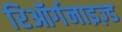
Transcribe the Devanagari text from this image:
रिऑर्गनाइज़्ड